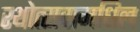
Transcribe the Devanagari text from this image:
रथोत्सवामधिल